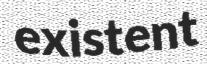
existent